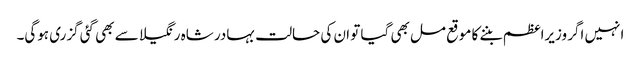
انہیں اگر وزیراعظم بننے کا موقع مل بھی گیا تو ان کی حالت بہادر شاہ رنگیلا سے بھی گئی گزری ہوگی۔